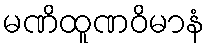
မဏိထူဏဝိမာနံ